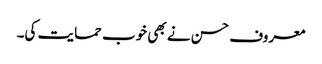
معروف حسن نے بھی خوب حمایت کی۔